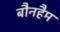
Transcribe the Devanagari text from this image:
बौनहैम